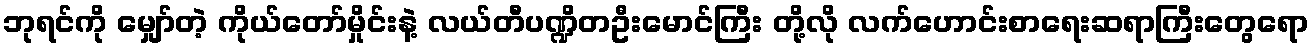
ဘုရင်ကို မျှော်တဲ့ ကိုယ်တော်မှိုင်းနဲ့ လယ်တီပဏ္ဍိတဦးမောင်ကြီး တို့လို လက်ဟောင်းစာရေးဆရာကြီးတွေရော